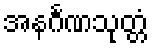
အနင်္ဂဏသုတ္တံ